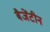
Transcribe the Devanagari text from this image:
बैजेंटीन